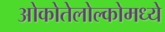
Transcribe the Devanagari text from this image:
ओकोतेलोल्कोमध्ये